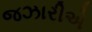
જઝારીએ